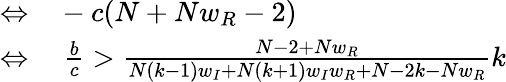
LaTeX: \begin{array}{rl}{\Leftrightarrow}&{{}-c(N+Nw_{R}-2)}\\ {\Leftrightarrow}&{{}~\frac{b}{c}>\frac{N-2+Nw_{R}}{N(k-1)w_{I}+N(k+1)w_{I}w_{R}+N-2k-Nw_{R}}k}\end{array}